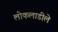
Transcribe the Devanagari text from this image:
लोकलाडीले